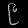
Digit: ၉